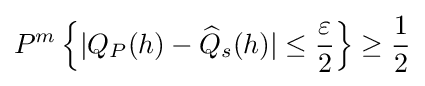
P^{m}\left\{|Q_{P}(h)-{\widehat {Q}}_{s}(h)|\leq {\frac {\varepsilon }{2}}\right\}\geq {\frac {1}{2}}